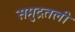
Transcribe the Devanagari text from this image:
समुद्रतली